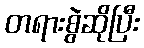
တရားစွဲဆိုပြီး